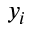
y _ { i }